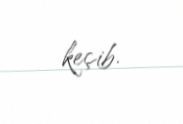
keçib.